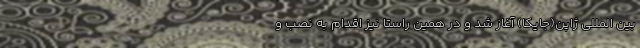
بین المللی ژاپن(جایکا) آغاز شد و در همین راستا نیز اقدام به نصب و